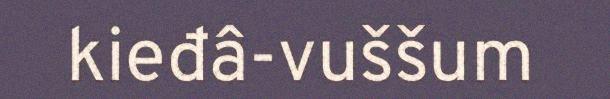
kieđâ-vuššum